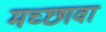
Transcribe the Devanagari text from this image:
मच्छावा